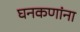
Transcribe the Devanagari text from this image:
घनकणांना